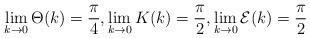
LaTeX: \begin{align*} \lim_{k \to 0} \Theta (k) = \frac{\pi}{4}, \lim_{k \to 0} K (k) = \frac{\pi}{2}, \lim_{k \to 0} \mathcal{E} (k) = \frac{\pi}{2}\end{align*}